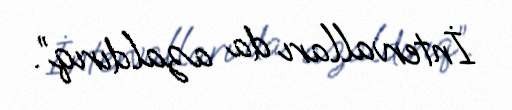
İntervalları da azaldırıq”.